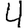
Digit: 4